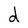
Character: d